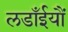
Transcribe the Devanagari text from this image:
लडाँईयौं